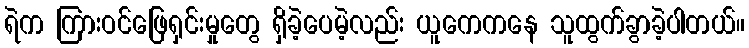
ရဲက ကြားဝင်ဖြေရှင်းမှုတွေ ရှိခဲ့ပေမဲ့လည်း ယူကေကနေ သူထွက်ခွာခဲ့ပါတယ်။